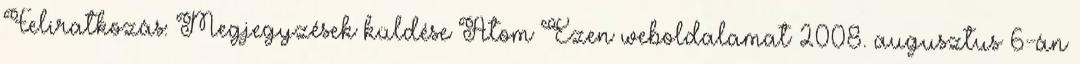
Feliratkozás: Megjegyzések küldése Atom Ezen weboldalamat 2008. augusztus 6-án